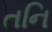
તનિ